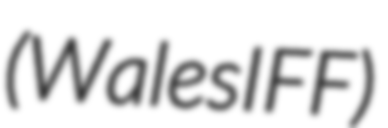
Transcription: (WalesIFF)